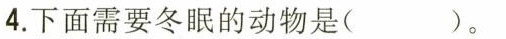
4.下面需要冬眠的动物是( )。